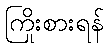
ကြိုးစားရန်